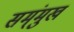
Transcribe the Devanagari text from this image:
सम्ंमुख